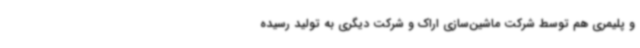
و پلیمری هم توسط شرکت ماشین‌سازی اراک و شرکت دیگری به تولید رسیده